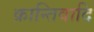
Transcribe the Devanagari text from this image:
क्रान्तिवादि